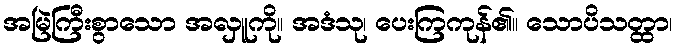
အမြဲကြီးစွာသော အလှူကို။ အဒံသု၊ ပေးကြကုန်၏။ သောပိသတ္ထာ၊